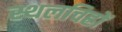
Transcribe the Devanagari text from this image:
स्थलचिह्रों